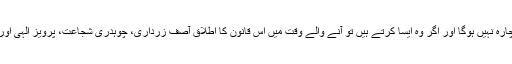
لگ رہا ہے کہ حکومت کو میاں نوازشریف کو پیرول پر رہا کرنے کے سوا چارہ نہیں ہوگا اور اگر وہ ایسا کرتے ہیں تو آنے والے وقت میں اس قانون کا اطلاق آصف زرداری، چوہدری شجاعت، پرویز الٰہی اور باقی سب پر بھی ہو گا اور یوں احتساب کا عمل رول بیک ہوتا نظر آ رہا ہے۔